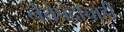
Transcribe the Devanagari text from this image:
नेतेपदाचाही